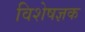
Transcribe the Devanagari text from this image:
विशेषज्ञक